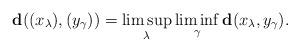
LaTeX: \begin{align*}\mathbf{d}((x_\lambda),(y_\gamma))=\limsup_\lambda\liminf_\gamma\mathbf{d}(x_\lambda,y_\gamma).\end{align*}